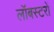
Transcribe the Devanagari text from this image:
लॉबस्टरों